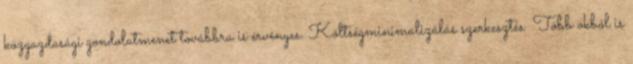
közgazdasági gondolatmenet továbbra is érvényes. Költségminimalizálás szerkesztés Több okból is